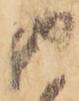
内